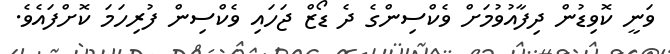
ވަނީ ކޮވިޑުން ދިފާއުވުމަށް ވެކްސިންގެ ދެ ޑޯޒް ޖަަހައި ވެކްސިން ފުރިހަމަ ކޮށްފައެވެ.